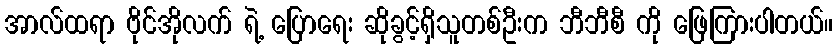
အာလ်ထရာ ဗိုင်အိုလက် ရဲ့ ပြောရေး ဆိုခွင့်ရှိသူတစ်ဦးက ဘီဘီစီ ကို ဖြေကြားပါတယ်။